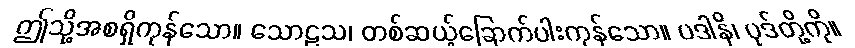
ဤသို့အစရှိကုန်သော။ သောဠသ၊ တစ်ဆယ့်ခြောက်ပါးကုန်သော။ ပဒါနိ၊ ပုဒ်တို့ကို။